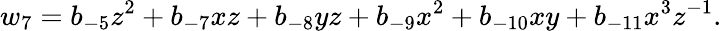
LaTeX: w_{7}=b_{-5}z^{2}+b_{-7}xz+b_{-8}yz+b_{-9}x^{2}+b_{-10}xy+b_{-11}x^{3}z^{-1}.